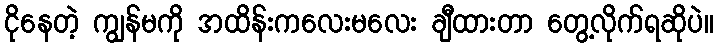
ငိုနေတဲ့ ကျွန်မကို အထိန်းကလေးမလေး ချီထားတာ တွေ့လိုက်ရဆိုပဲ။